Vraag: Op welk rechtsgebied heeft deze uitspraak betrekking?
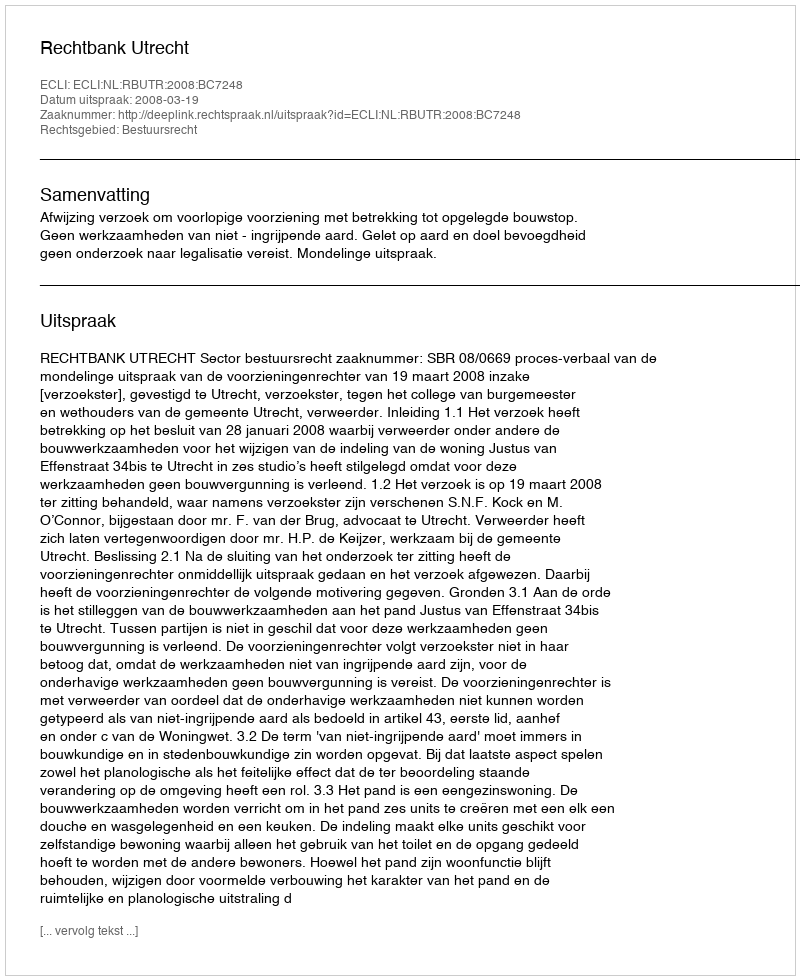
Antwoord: Bestuursrecht